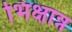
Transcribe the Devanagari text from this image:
भिक्षान्न